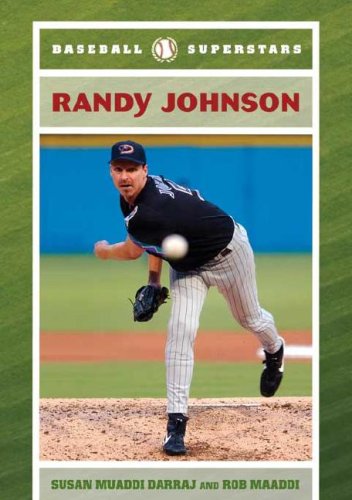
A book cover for Randy Johnson (Baseball Superstars); Susan Muaddi Darraj; Teen & Young Adult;